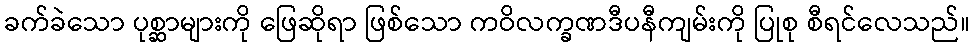
ခက်ခဲသော ပုစ္ဆာများကို ဖြေဆိုရာ ဖြစ်သော ကဝိလက္ခဏဒီပနီကျမ်းကို ပြုစု စီရင်လေသည်။